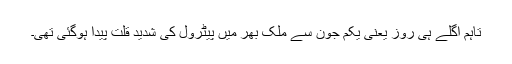
تاہم اگلے ہی روز یعنیٰ یکم جون سے ملک بھر میں پیٹرول کی شدید قلت پیدا ہوگئی تھی۔